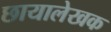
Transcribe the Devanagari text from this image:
छायालेखक